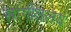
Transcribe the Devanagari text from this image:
सांगीतलय